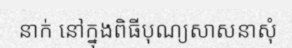
នាក់ នៅក្នុងពិធីបុណ្យសាសនាសុំ